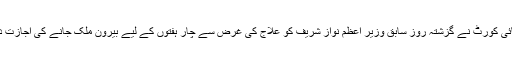
لاہور ہائی کورٹ نے گزشتہ روز سابق وزیر اعظم نواز شریف کو علاج کی غرض سے چار ہفتوں کے لیے بیرون ملک جانے کی اجازت دی تھی۔